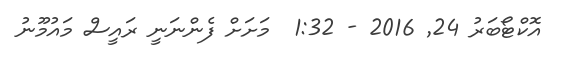
އޮކްޓޯބަރު 24